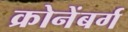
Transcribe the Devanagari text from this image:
क्रोनेंबर्ग